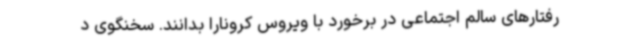
رفتارهای سالم اجتماعی در برخورد با ویروس کرونارا بدانند. سخنگوی د